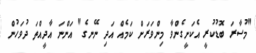
"މުސާރަ ބޮޑުކުރީ އެކަށީގެންވާ މިންވަރަށް ކަމެއް އަދި ނޭނގެ" އަންނަ އާދީއްތަ ދުވަހުން